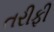
તરીફી